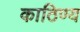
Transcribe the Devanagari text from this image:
काठिण्य